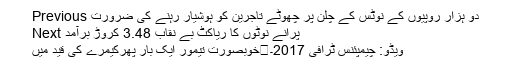
Previous دو ہزار روپیوں کے نوٹس کے چلن پر چھوٹے تاجرین کو ہوشیار رہنے کی ضرورت
Next پرانے نوٹوں کا ریاکٹ بے نقاب 3.48 کروڑ برآمد
خوبصورت تیمور ایک بار پھرکیمرے کی قید میں	ویڈو: چیمپئنس ٹرافی 2017۔